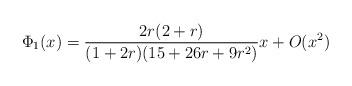
LaTeX: \begin{align*}\Phi_{1}(x) = \frac{2r(2+r)}{(1+2r)(15+26r+9r^{2})}x+O(x^{2})\end{align*}